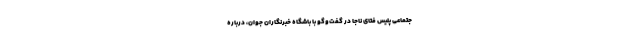
جتماعی پلیس فتای ناجا در گفت‌وگو با باشگاه خبرنگاران جوان، درباره